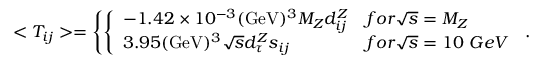
< T _ { i j } > = \left\{ \left\{ \begin{array} { l l } { { - 1 . 4 2 \times 1 0 ^ { - 3 } ( \mathrm { G e V } ) ^ { 3 } M _ { Z } d _ { i j } ^ { Z } } } & { { f o r \sqrt { s } = M _ { Z } } } \\ { { 3 . 9 5 ( \mathrm { G e V } ) ^ { 3 } \sqrt { s } d _ { \tau } ^ { Z } s _ { i j } } } & { { f o r \sqrt { s } = 1 0 ~ G e V } } \end{array} \right. \right. .